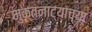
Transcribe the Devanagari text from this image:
मुक्तनाट्यांच्या